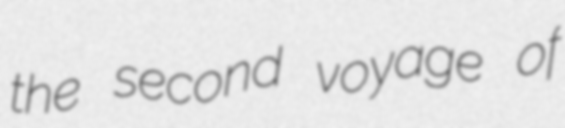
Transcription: the second voyage of